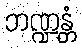
ဘဏ္ဍန္တံ